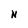
Character: N